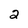
Character: 2